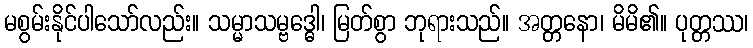
မစွမ်းနိုင်ပါသော်လည်း။ သမ္မာသမ္ဗဒ္ဓေါ၊ မြတ်စွာ ဘုရားသည်။ အတ္တနော၊ မိမိ၏။ ပုတ္တဿ၊